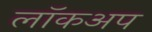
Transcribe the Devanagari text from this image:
लॉकअप